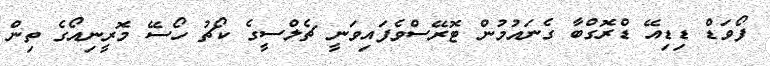
ފޯވަޑް ޑިޑިއޭ ޑްރޮގްބާ ގެނައުމުން ޓޮރޭސްވެފައިވަނީ ޗެލްސީގެ ކޯޗު ހޯސޭ މޮރީނިއޯގެ ތިން